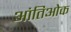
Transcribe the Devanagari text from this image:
आंतिओक